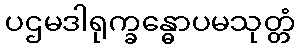
ပဌမဒါရုက္ခန္ဓောပမသုတ္တံ